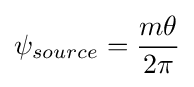
\psi _{source}={\frac {m\theta }{2\pi }}